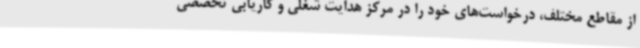
از مقاطع مختلف، درخواست‌های خود را در مرکز هدایت شغلی و کاریابی تخصصی